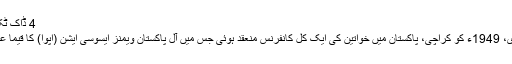
4 ڈاک ٹکٹ کا اجرا
22 فروری، 1949ء کو کراچی، پاکستان میں خواتین کی ایک کل کانفرنس منعقد ہوئی جس میں آل پاکستان ویمنز ایسوسی ایشن (اپوا) کا قیما عمل میں آیا۔